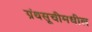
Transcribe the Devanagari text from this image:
ग्रंथसूचीमधील